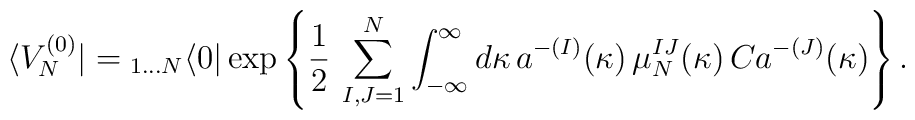
\langle V_N^{(0)}|={}_{1\dots N}\langle 0|\exp\left\{\frac{1}{2}\,\sum_{I,J=1}^{N}\int_{-\infty}^{\infty}d\kappa\,a^{-(I)}(\kappa)\,\mu^{IJ}_{N}(\kappa)\,Ca^{-(J)}(\kappa)\right\}.